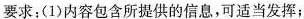
要求：(1)内容包含所提供的信息，可适当发挥；